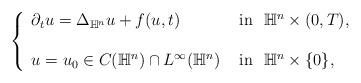
LaTeX: \begin{align*}\left\{\begin{array}{ll}\partial_{t}u=\Delta_{\mathbb{H}^{n}} u+ f(u, t) &\hbox{ in }~ \mathbb{H}^{n}\times (0, T),\\\\u =u_{0}\in C(\mathbb{H}^{n}) \cap L^{\infty}(\mathbb{H}^{n}) &\hbox{ in }~ \mathbb{H}^{n}\times \{0\},\end{array}\right.\end{align*}